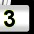
Digit: 3